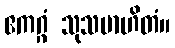
ဧကဂ္ဂံ သုသမာဟိတံ။